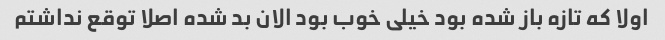
اولا که تازه باز شده بود خیلی خوب بود الان بد شده اصلا توقع نداشتم